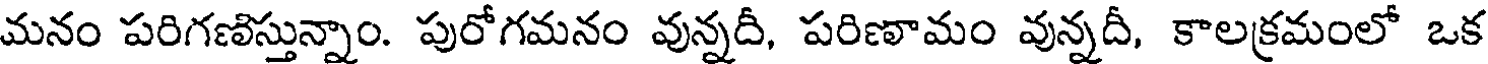
మనం పరిగణిస్తున్నాం. పురోగమనం వున్నదీ, పరిణామం వున్నదీ, కాలక్రమంలో ఒక